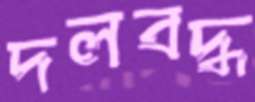
দলবদ্ধ